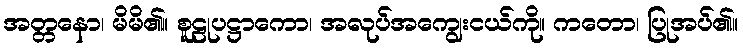
အတ္တနော၊ မိမိ၏။ စူဠုပဋ္ဌာကော၊ အလုပ်အကျွေးငယ်ကို။ ကတော၊ ပြုအပ်၏။